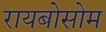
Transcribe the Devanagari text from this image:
रायबोसोम